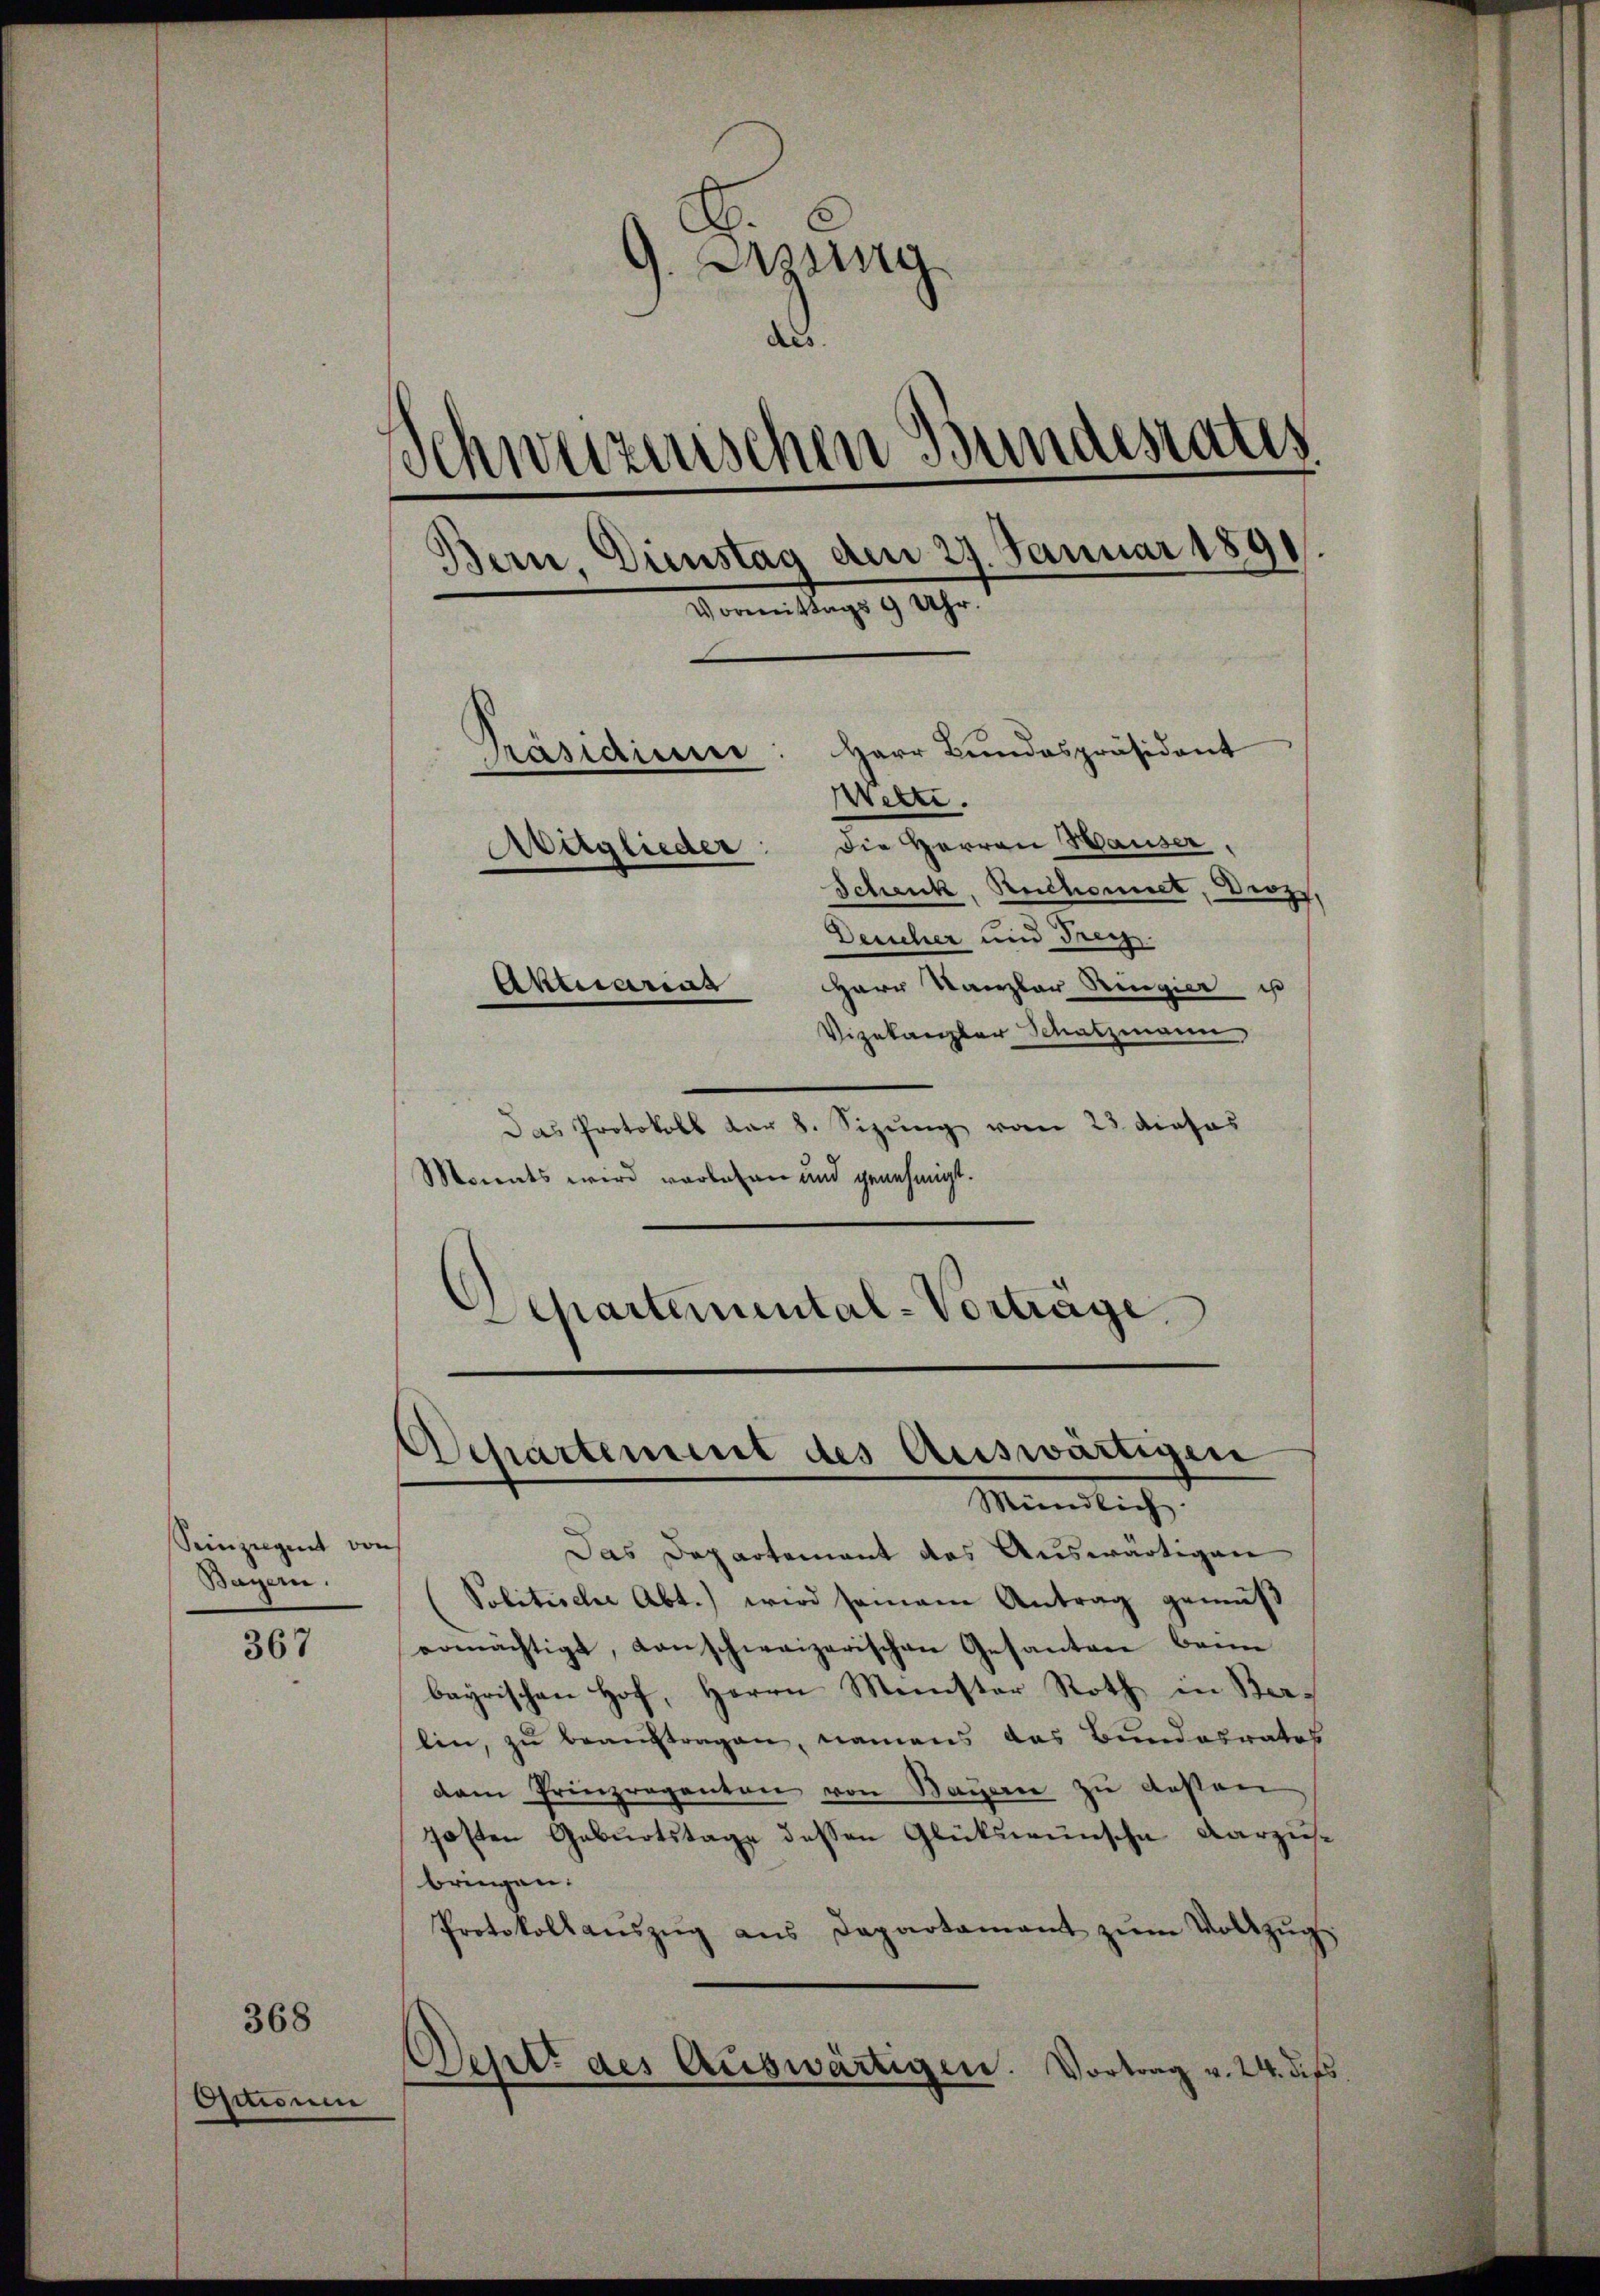
Seinzigent vor
Bayern.

367

368

Quoni

G. Gesung
des
Schweizerischen Bundesrates
Bern, Dienstag den 27. Januar 1890.
omentrags 9 Uhr.
Herr Bundespräsident
Präsidium
Wette.
Die Herren Hauser
Aeglieder:
Schenk, Reichnet, Derz,
Deucher und Frey.
Herr Kanzler Ringier u
Aktuariat
Vizekanzler Schatzmann,

Das Protokoll dar 8. Sizŭng vom 23. dieses
Mannes wird vorlesen und genehmigt.

Separtemental-Vorträge.
Departement des Auswärtigen
Mändlich.

n
Das Departement des Auswärtigen
Politische Abt.) wird seien Antrag gemäβ
ermächtigt, danschweizerischen Gesanten banne
bayrischen Hof, Herrn Meister Roth in Belin, zu beauftragen, namens das Bundesrates
dam Prinzreganten von Bauern zu deßen
posten Geburtstage dessen Glükswünsche darzuse
bringen.
Protokollaŭszŭg ans Departamant zŭm Vollzŭg
Dent des Auswärtigen. Vortrag v. 24. dies